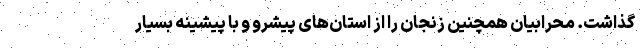
گذاشت. محرابیان همچنین زنجان را از استان‌های پیشرو و با پیشینه بسیار